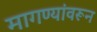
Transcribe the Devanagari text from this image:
मागण्यांवरून